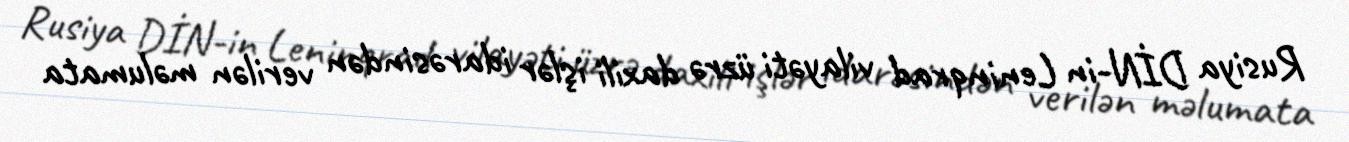
Rusiya DİN-in Leninqrad vilayəti üzrə daxili işlər idarəsindən verilən məlumata